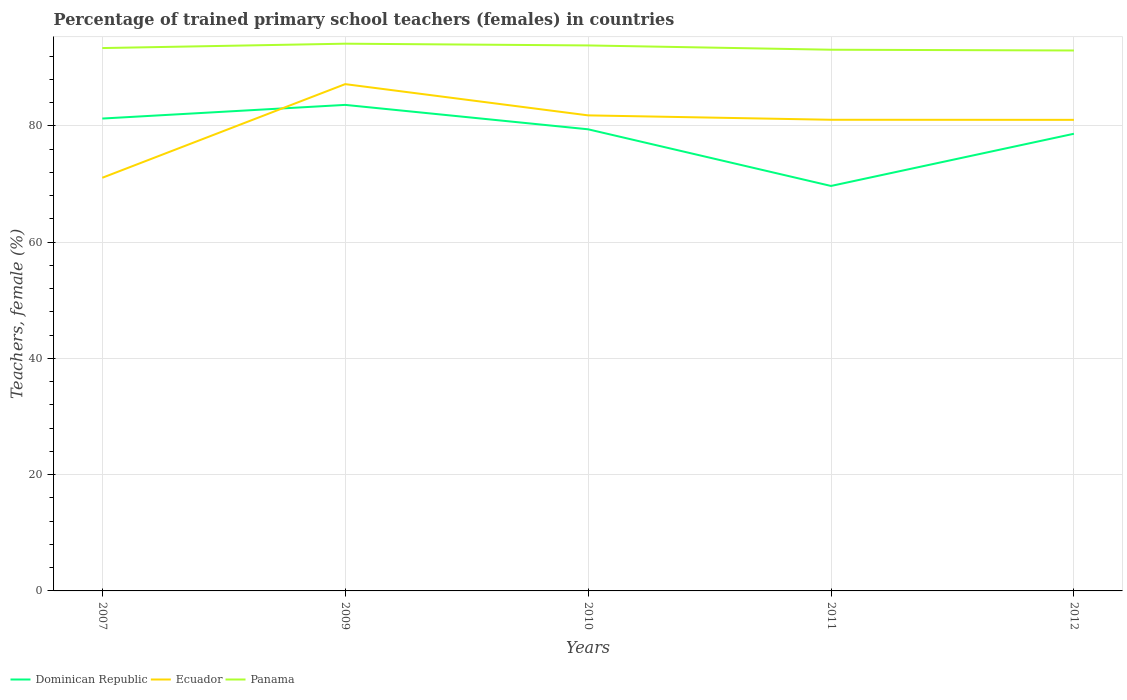
| Years | Dominican Republic | Ecuador | Panama |
 | --- | --- | --- | --- |
 | 2007 | 81.3 | 71.1 | 93.4 |
 | 2009 | 83.6 | 87.2 | 94.1 |
 | 2010 | 79.4 | 81.8 | 93.8 |
 | 2011 | 69.7 | 81.1 | 93.1 |
 | 2012 | 78.6 | 81 | 93 |